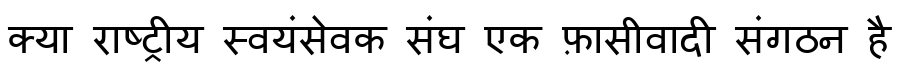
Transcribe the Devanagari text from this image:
क्या राष्ट्रीय स्वयंसेवक संघ एक फ़ासीवादी संगठन है